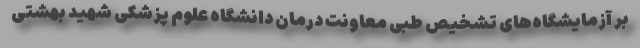
بر آزمایشگاه‌های تشخیص طبی معاونت درمان دانشگاه علوم پزشکی شهید بهشتی